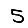
Digit: 5